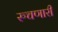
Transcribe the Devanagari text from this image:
रुचणारी